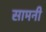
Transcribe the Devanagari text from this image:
सामनी